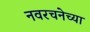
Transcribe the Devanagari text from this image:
नवरचनेच्या